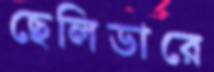
ছেলিডারে